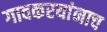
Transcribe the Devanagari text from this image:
गावकरयांनाच